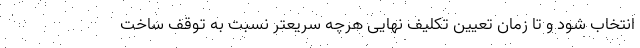
انتخاب شود و تا زمان تعیین تکلیف نهایی هرچه سریعتر نسبت به توقف ساخت